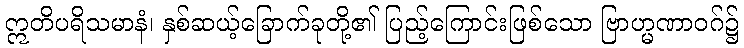
ဣတိပရိသမာနံ၊ နှစ်ဆယ့်ခြောက်ခုတို့၏ ပြည့်ကြောင်းဖြစ်သော ဗြာဟ္မဏာဝဂ်၌